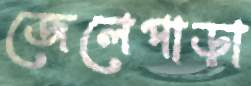
জেলেপাড়া